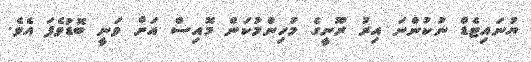
ޔުނައިޓެޑް ނުކުންނަ އިރު ރޫނީގެ މުހިންމުކަން މޮއިސް އަށް ވަނީ ބޮޑުވެފަ އެވެ.